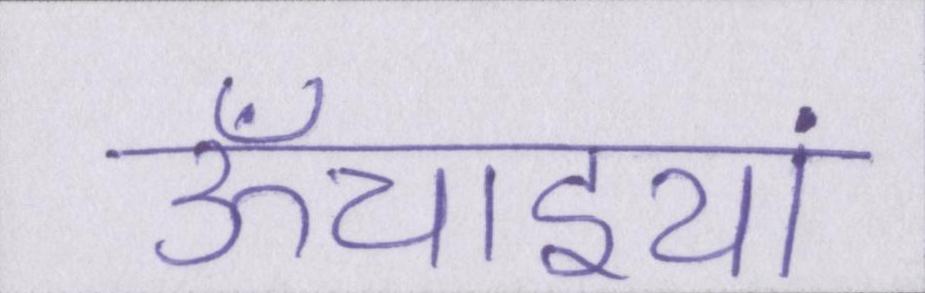
ऊँचाइयां